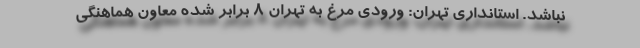
نباشد. استانداری تهران: ورودی مرغ به تهران ۸ برابر شده معاون هماهنگی